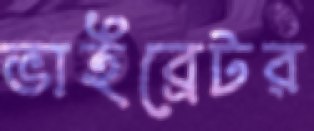
ভাইব্রেটর